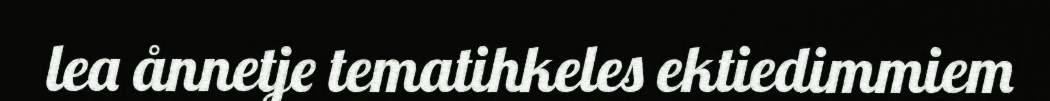
lea ånnetje tematihkeles ektiedimmiem